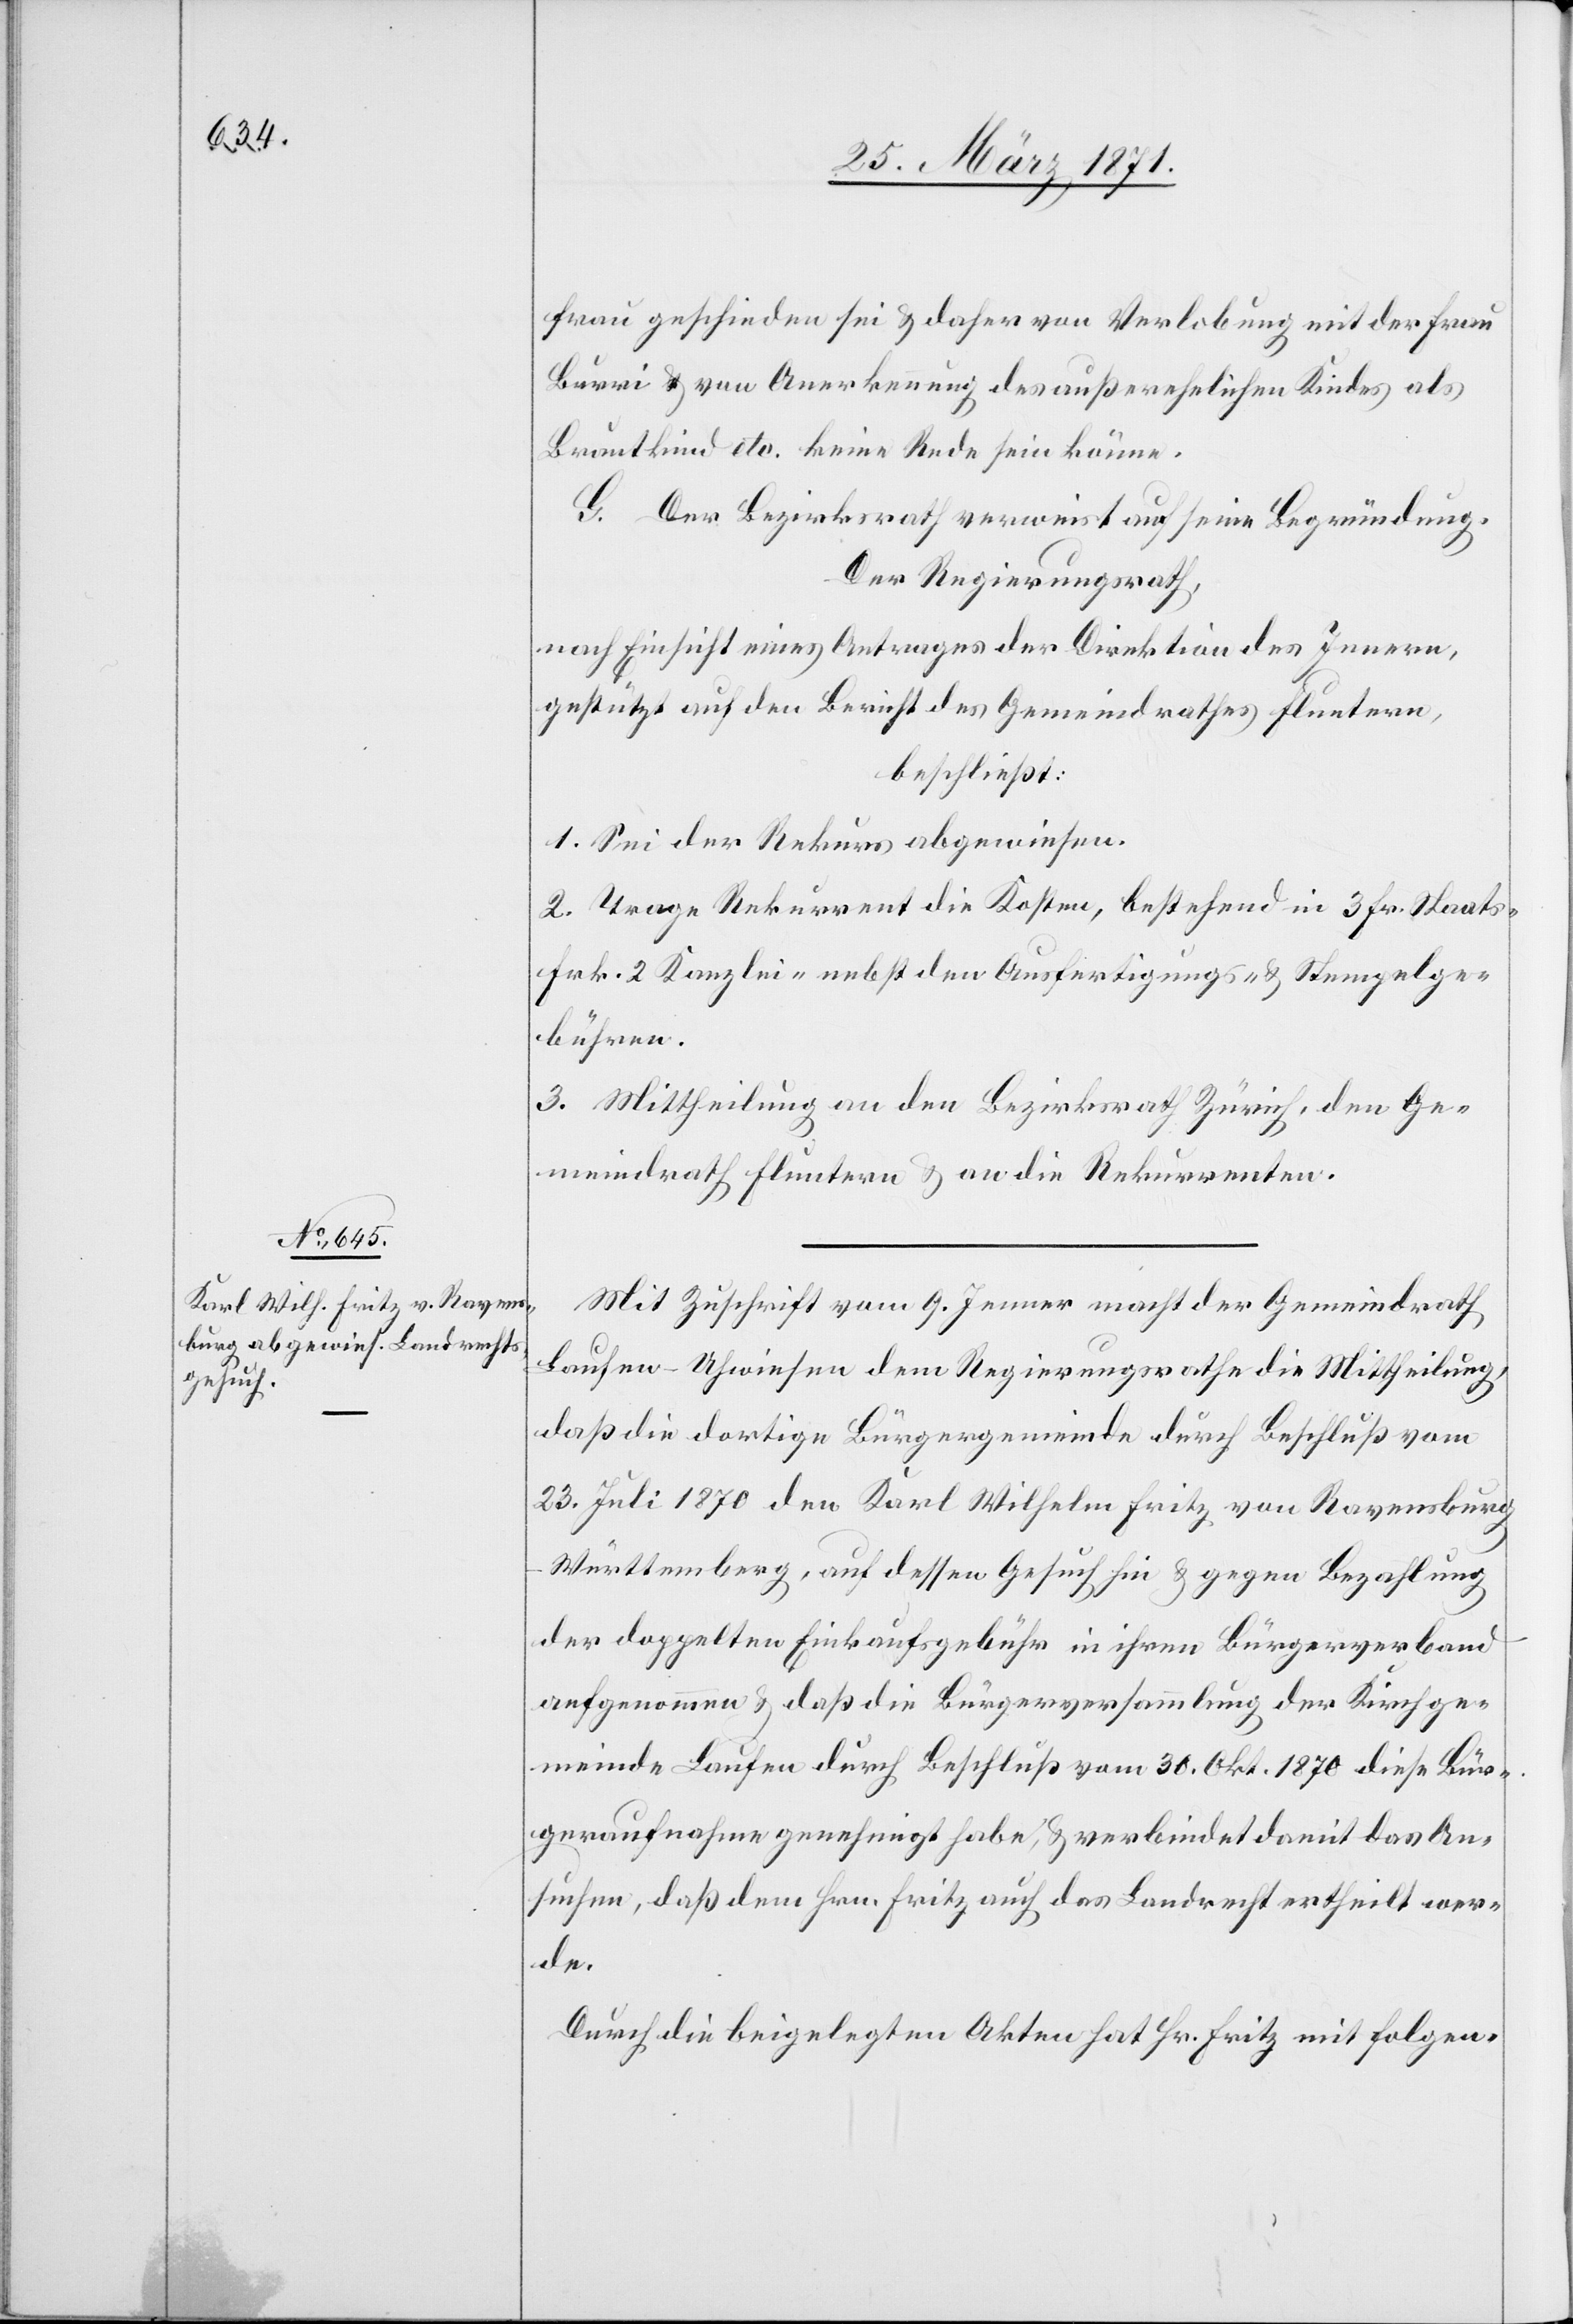
frau geschieden sei u. daher von Verlobung mit der Frau
Burri u. von Anerkennung des außerehelichen Kindes als
Brautkind etc. keine Rede sein könne.
G. Der Bezirksrath verweist auf seine Begründung.
Der Regierungsrath,
nach Einsicht eines Antrages der Direktion des Innern,
gestützt auf den Bericht des Gemeindrathes Fluntern,
beschließt:
1. Sei der Rekurs abgewiesen.
2. Trage Rekurrent die Kosten, bestehend in 3 Fr. Staats-[,]
Frk. 2 Kanzlei-[,] nebst den Ausfertigungs- u. Stempelge¬
bühren.
3. Mittheilung an den Bezirksrath Zürich, den Ge¬
meindrath Fluntern u. an die Rekurrenten.
Mit Zuschrift vom 9. Jenner macht der Gemeindrath
Laufen-Uhwiesen dem Regierungsrathe die Mittheilung,
daß die dortige Bürgergemeinde durch Beschluß vom
23. Juli 1870 den Karl Wilhelm Fritz von Ravensburg-W¬
ürttemberg, auf dessen Gesuch hin u. gegen Bezahlung
der doppelten Einkaufsgebühr in ihren Bürgerverband
aufgenommen u. daß die Bürgerversammlung der Kirchge¬
meinde Laufen durch Beschluß vom 30. Okt. 1870 diese Bür¬
geraufnahme genehmigt habe, u. verbindet damit das An¬
suchen, daß dem Hrn. Fritz auch das Landrecht ertheilt wer¬
de.
Durch die beigelegten Akten hat Hr. Fritz mit folgen-